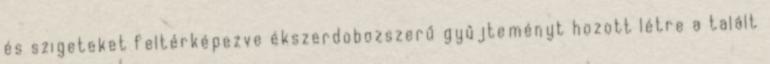
és szigeteket feltérképezve ékszerdobozszerű gyűjteményt hozott létre a talált